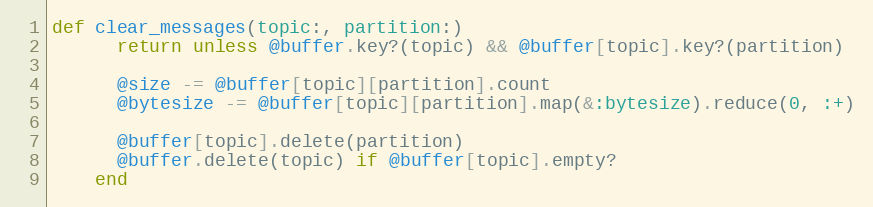
Language: Ruby
def clear_messages(topic:, partition:)
      return unless @buffer.key?(topic) && @buffer[topic].key?(partition)

      @size -= @buffer[topic][partition].count
      @bytesize -= @buffer[topic][partition].map(&:bytesize).reduce(0, :+)

      @buffer[topic].delete(partition)
      @buffer.delete(topic) if @buffer[topic].empty?
    end